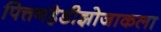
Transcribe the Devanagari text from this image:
पित्तनहेडीझोजाकला